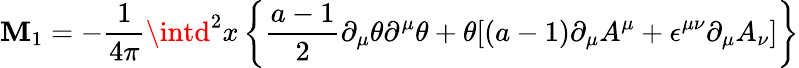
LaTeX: \mathbf{M}_{1}=-{\frac{{1}}{{4\pi}}}\intd^{2}x\left\{ {\frac{{a-1}}{{2}}}\partial_{\mu}\theta\partial^{\mu}\theta+\theta[(a-1)\partial_{\mu}A^{\mu}+\epsilon^{\mu\nu}\partial_{\mu}A_{\nu}]\right\}